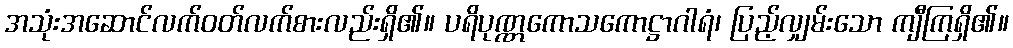
အသုံးအဆောင်လက်ဝတ်လက်စားလည်းရှိ၏။ ပရိပုဏ္ဏကောသကောဋ္ဌာဂါရံ၊ ပြည့်လျှမ်းသော ကျီကြရှိ၏။